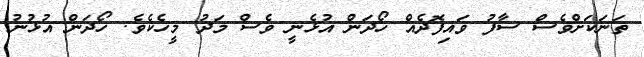
ތަނަކަށްވެސް ސާފު ވައިފޮދެއް ހޯދަން އުޅެނީ ވެސް މަދު މީހެކެވެ. ހޯދަން އުޅުނު